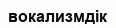
вокализмдік